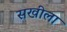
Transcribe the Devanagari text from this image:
सखीला